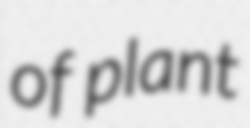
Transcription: of plant